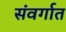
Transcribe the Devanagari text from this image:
संवर्गात